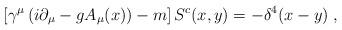
LaTeX: \begin{align*}\left[\gamma^{\mu}\left(i\partial_{\mu}-gA_{\mu}(x)\right)-m\right]S^{c}(x,y)=-\delta^{4}(x-y)\;,\;\end{align*}